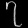
Digit: ၇